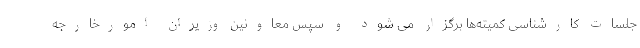
جلسات کارشناسی کمیته‌ها برگزار می شود و سپس معاونین وزیران امورخارجه